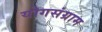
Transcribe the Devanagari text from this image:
योगसंग्राम